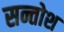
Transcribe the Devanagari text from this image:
सन्तोश